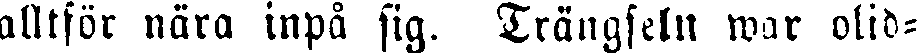
alltför nära inpå sig. Trängseln war olid-